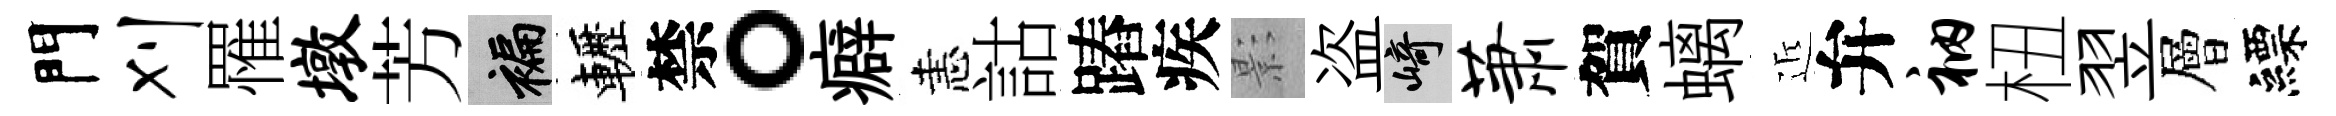
門刈罹墩芳褊轣禁。癖恚詁蹖疾影盗崎萧賀螭近弁衲杻翌層縹